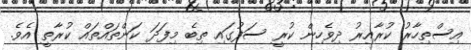
އިސްތިހާރު ކުރާއިރު ދިވެހިން ކުރީ ސަފުގައި ތިބެ މިފަދަ ކަންތައްތައް ކުރާތީ އެވެ.